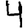
Digit: 4